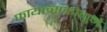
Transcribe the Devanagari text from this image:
फायल्सकोमुने